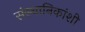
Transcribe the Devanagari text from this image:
संस्थानिकांशी